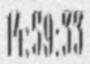
14:59:33